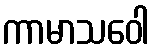
ကာမာသဝေါ